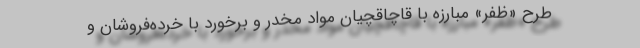
طرح «ظفر» مبارزه با قاچاقچیان مواد مخدر و برخورد با خرده‌فروشان و